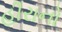
હીરાનો